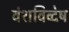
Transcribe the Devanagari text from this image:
वंशविव्देष